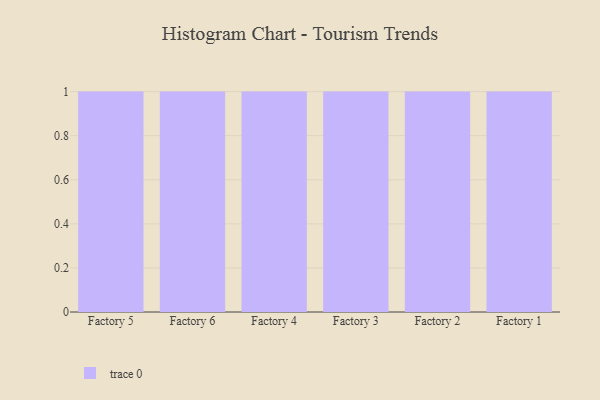
{"axis": {"x": "Factory", "y": "Demand Index"}, "legend": [""], "data": [{"x": "Factory 5", "y": 79, "type": ""}, {"x": "Factory 6", "y": 76, "type": ""}, {"x": "Factory 4", "y": 45, "type": ""}, {"x": "Factory 3", "y": 91, "type": ""}, {"x": "Factory 2", "y": 47, "type": ""}, {"x": "Factory 1", "y": 7, "type": ""}]}